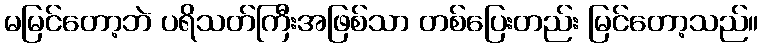
မမြင်တော့ဘဲ ပရိသတ်ကြီးအဖြစ်သာ တစ်ပြေးတည်း မြင်တော့သည်။